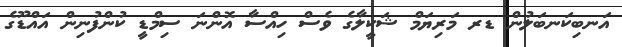
އަނބިކަނބަލުން ޑރ މަރިޔަމް ޝަކީލާގެ ވެސް ހިއްސާ އޮންނަ ސިމްޑީ ކުންފުނިން އައްޑޫގެ